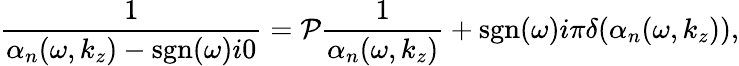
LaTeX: \frac{1}{\alpha_{n}(\omega,k_{z})-\mathrm{sgn}(\omega)i0}=\mathcal{P}\frac{1}{\alpha_{n}(\omega,k_{z})}+\mathrm{sgn}(\omega)i\pi\delta(\alpha_{n}(\omega,k_{z})),